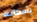
بأمكانه